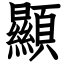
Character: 顯